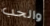
والحب